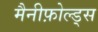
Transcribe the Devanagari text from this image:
मैनीफ़ोल्ड्स